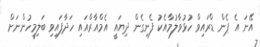
އޭނަ އެ ޕެން ޑްރައިވް ހުޅުވާލުމާއެކު ފެނިގެން ދިޔައީ އެމްއާރްއައި ހަދާފައިވި ބަލިމީހުންނަށް